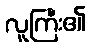
လူကြီး၏